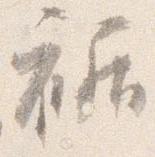
裾